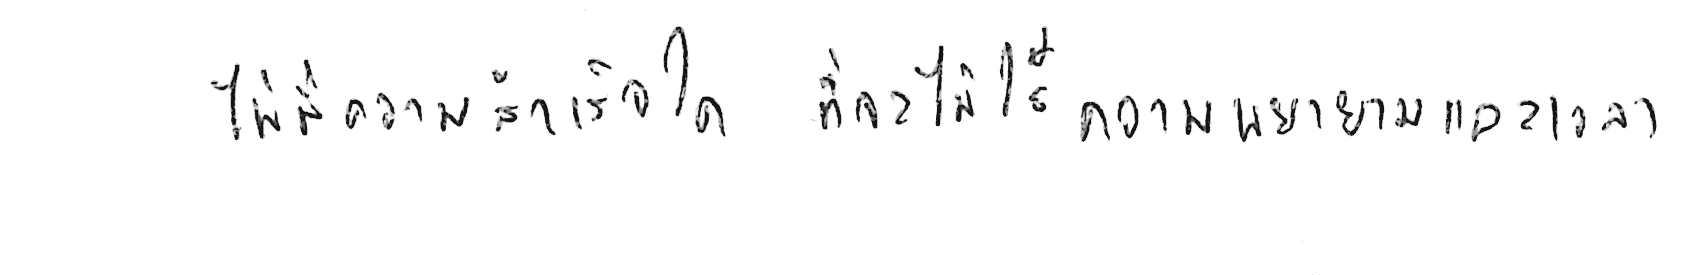
ไม่มีความสำเร็จใด ที่จะไม่ใช้ความพยายามและเวลา